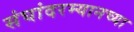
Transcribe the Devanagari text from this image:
संघांदरम्यानच्या